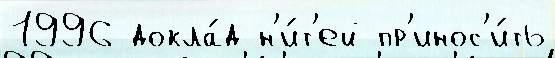
1996 докла́д н'и́т'ей пр'инос'и́ть